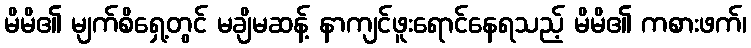
မိမိ၏ မျက်စိရှေ့တွင် မချိမဆန့် နာကျင်ဖူးရောင်နေရသည့် မိမိ၏ ကစားဖက်၊